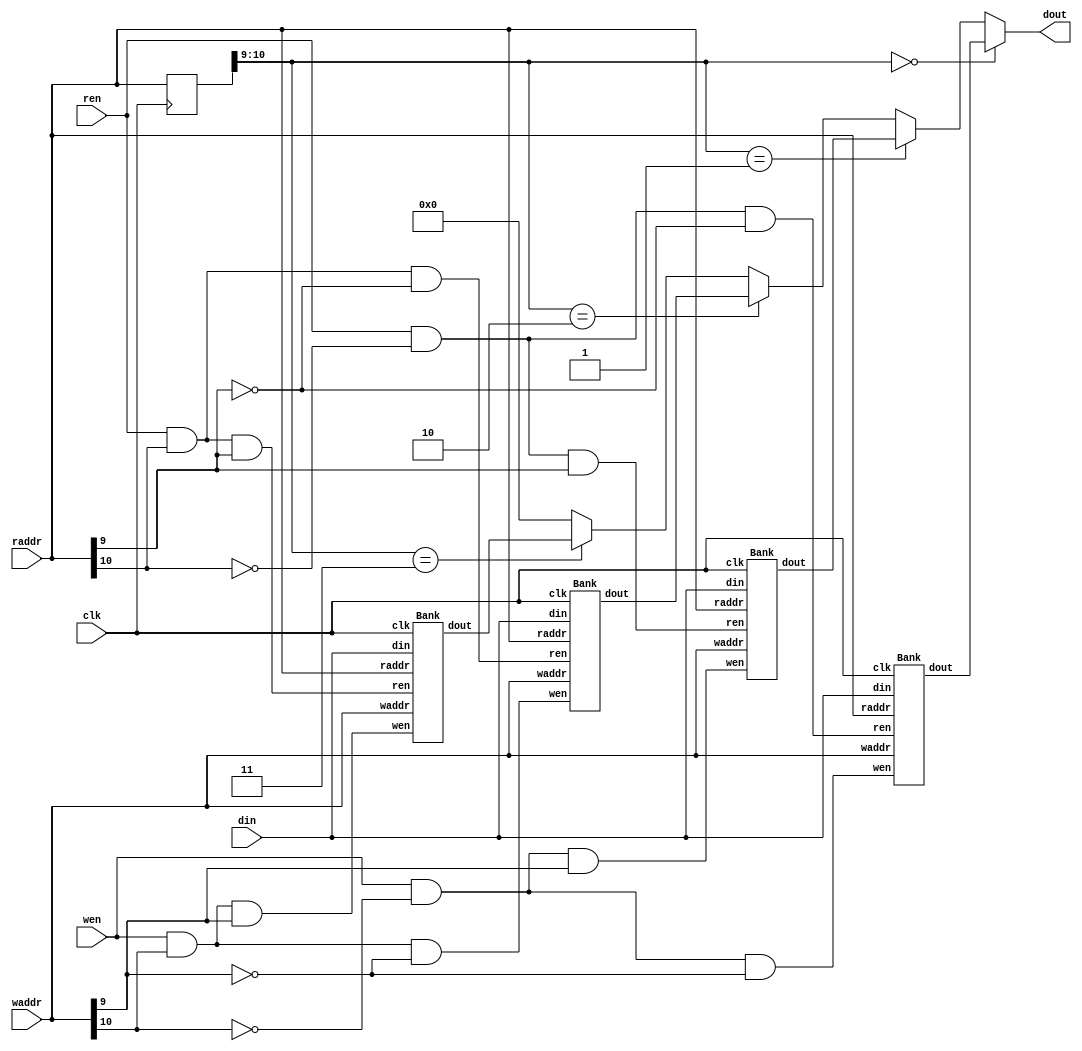
`timescale 1ns/1ps

module Multi_Bank_Memory (clk, ren, wen, waddr, raddr, din, dout);
input clk;
input ren, wen;
input [10:0] waddr;
input [10:0] raddr;
input [7:0] din;
output reg [7:0] dout;
wire [6:0] addr[3:0];
wire [3:0] w,r;
wire [7:0] wout[3:0];

reg [10:0] r_addr;
assign w[0] = wen && ~waddr[10] && ~waddr[9]; 
assign w[1] = wen && ~waddr[10] && waddr[9];
assign w[2] = wen && waddr[10] && ~waddr[9]; 
assign w[3] = wen && waddr[10] && waddr[9];

assign r[0] = ren && ~raddr[10] && ~raddr[9]; 
assign r[1] = ren && ~raddr[10] && raddr[9];
assign r[2] = ren && raddr[10] && ~raddr[9]; 
assign r[3] = ren && raddr[10] && raddr[9];

Bank b1(clk, r[0], w[0], waddr, raddr, din, wout[0]);
Bank b2(clk, r[1], w[1], waddr, raddr, din, wout[1]);
Bank b3(clk, r[2], w[2], waddr, raddr, din, wout[2]);
Bank b4(clk, r[3], w[3], waddr, raddr, din, wout[3]);



always @(posedge clk) begin
    r_addr <= raddr;
end
always @(*) begin
    if(r_addr[10:9] == 0) dout = wout[0];
    else if(r_addr[10:9] == 1) dout = wout[1];
    else if(r_addr[10:9]== 2) dout = wout[2];
    else if(r_addr[10:9] == 3) dout = wout[3];
    else dout = 8'b00000000;
end

endmodule





module Bank(clk, ren, wen, waddr, raddr, din, dout);
input clk;
input ren, wen;
input [10:0] waddr;
input [10:0] raddr;
input [7:0] din;
output reg [7:0] dout;
wire [7:0] wout[3:0];

wire [6:0] addr[3:0];
wire [3:0] w,r;

reg [10:0] r_addr;

assign w[0] = wen && ~waddr[8] && ~waddr[7]; 
assign w[1] = wen && ~waddr[8] && waddr[7];
assign w[2] = wen && waddr[8] && ~waddr[7]; 
assign w[3] = wen && waddr[8] && waddr[7];

assign r[0] = ren && ~raddr[8] && ~raddr[7]; 
assign r[1] = ren && ~raddr[8] && raddr[7];
assign r[2] = ren && raddr[8] && ~raddr[7]; 
assign r[3] = ren && raddr[8] && raddr[7];


assign addr[0] = (r[0]) ? raddr[6:0] : waddr[6:0];
assign addr[1] = (r[1]) ? raddr[6:0] : waddr[6:0];
assign addr[2] = (r[2]) ? raddr[6:0] : waddr[6:0];
assign addr[3] = (r[3]) ? raddr[6:0] : waddr[6:0]; 

Memory m1(clk, r[0], w[0], addr[0], din, wout[0]);
Memory m2(clk, r[1], w[1], addr[1], din, wout[1]);
Memory m3(clk, r[2], w[2], addr[2], din, wout[2]);
Memory m4(clk, r[3], w[3], addr[3], din, wout[3]);




always @(posedge clk) begin
    r_addr <= raddr;
end
always @(*) begin
    if(r_addr[8:7] == 0) dout = wout[0];
    else if(r_addr[8:7] == 1) dout = wout[1];
    else if(r_addr[8:7]== 2) dout = wout[2];
    else if(r_addr[8:7] == 3) dout = wout[3];
    else dout = 8'b00000000;
end


endmodule

module Memory (clk, ren, wen, addr, din, dout);
input clk;
input ren, wen;
input [6:0] addr;
input [7:0] din;
output [7:0] dout;

reg [7:0] mem[127:0];
reg [7:0] dout;


always @(posedge clk) begin
    if(ren == 1'b1 ) 
    begin
        dout <= mem[addr];
    end
    
    else  if(wen == 1'b1 )begin
        mem[addr] <= din;
        dout <= 8'b0;
     end
     else dout <= 0;
end




endmodule